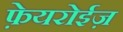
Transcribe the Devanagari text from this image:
फ़ेयरोईज़